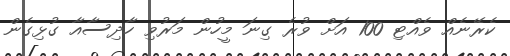
ކެރޭނެއް ވެއްޓި 100 އަށް ވުރެ ގިނަ މީހުން މަރުވި ހާދިސާއާ ގުޅިގެން